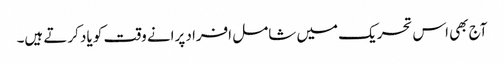
آج بھی اس تحریک میں شامل افراد پرانے وقت کو یاد کرتے ہیں۔